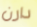
دارن